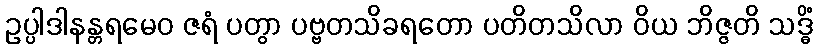
ဥပ္ပါဒါနန္တရမေဝ ဇရံ ပတွာ ပဗ္ဗတသိခရတော ပတိတသိလာ ဝိယ ဘိဇ္ဇတိ သဒ္ဓိံ